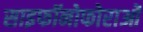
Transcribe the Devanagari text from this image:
साइफॉनोफोराओं